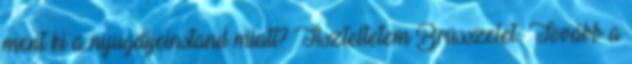
ment ki a nyugdíjeinstand miatt? Tiszteltetem Brüsszelet: Tovább a